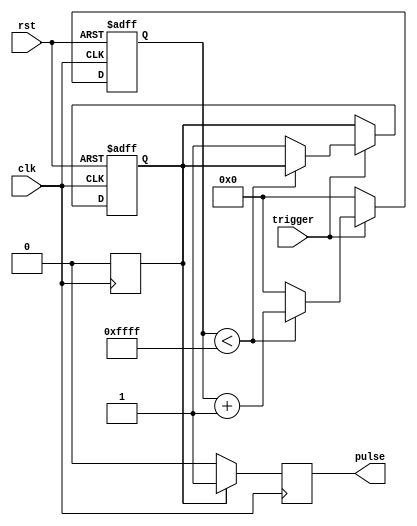
module one_shot_timer (
  input wire trigger,
  input wire clk,
  input wire rst,
  output reg pulse
);

reg [15:0] counter;
reg pulse_timer;

always @(posedge clk or posedge rst) begin
  if (rst) begin
    counter <= 16'h0000;
    pulse_timer <= 1'b0;
  end else begin
    if (trigger) begin
      if (counter < 16'hFFFF) begin
        counter <= counter + 1;
      end else begin
        counter <= 16'h0000;
        pulse_timer <= 1'b1;
      end
    end else begin
      counter <= 16'h0000;
    end
  end
end

always @(posedge clk) begin
  if (pulse_timer) begin
    pulse <= 1'b1;
    pulse_timer <= 1'b0;
  end else begin
    pulse <= 1'b0;
  end
end

endmodule